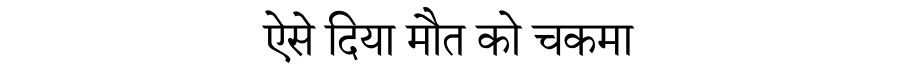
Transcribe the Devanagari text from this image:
ऐसे दिया मौत को चकमा